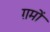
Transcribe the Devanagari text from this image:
ग़मों